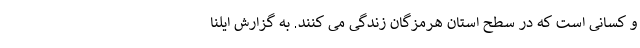
و کسانی است که در سطح استان هرمزگان زندگی می کنند. به گزارش ایلنا